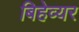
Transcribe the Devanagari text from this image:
बिहेव्यर